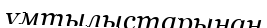
ұмтылыстарынан